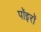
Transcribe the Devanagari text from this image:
पॉइरॉ